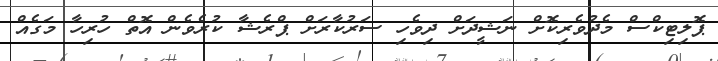
ޕޮލިޓިކްސް މެދުވެރިކޮށް ނަޝީދަށް ދިވެހި ސަރުކާރަށް ޕްރެޝާ ކުރެވެން އޮތް ހުރިހާ މަގެއް